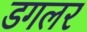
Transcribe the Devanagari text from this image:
डगलर